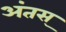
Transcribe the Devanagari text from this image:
अंतस्‌